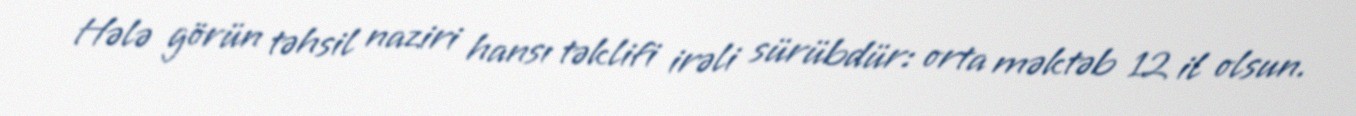
Hələ görün təhsil naziri hansı təklifi irəli sürübdür: orta məktəb 12 il olsun.